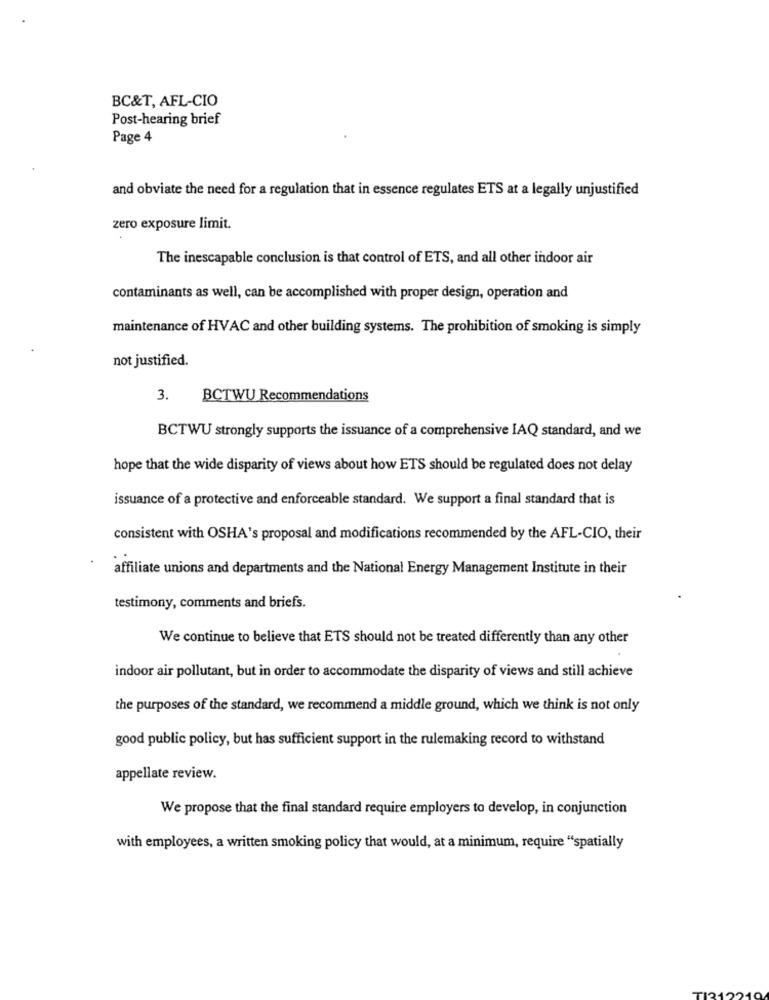
BC&T, AFL-CIO
Post-hearing brief
Page 4
and obviate the need for a regulation that in essence regulates ETS at a legally unjustified
zero exposure limit.
The inescapable conclusion is that control of ETS, and all other indoor air
contaminants as well, can be accomplished with proper design, operation and
maintenance of HVAC and other building systems. The prohibition of smoking is simply
not justified.
3.
BCTWU Recommendations
BCTWU strongly supports the issuance of a comprehensive IAQ standard, and we
hope that the wide disparity of views about how ETS should be regulated does not delay
issuance of a protective and enforceable standard. We support a final standard that is
consistent with OSHA's proposal and modifications recommended by the AFL-CIO, their
affiliate unions and departments and the National Energy Management Institute in their
testimony, comments and briefs.
We continue to believe that ETS should not be treated differently than any other
indoor air pollutant, but in order to accommodate the disparity of views and still achieve
the purposes of the standard, we recommend a middle ground, which we think is not only
good public policy, but has sufficient support in the rulemaking record to withstand
appellate review.
We propose that the final standard require employers to develop, in conjunction
with employees, a written smoking policy that would, at a minimum, require "spatially